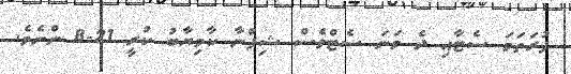
ފުރަތަމަ ސެޓާއި ދެ ވަނަ ސެޓްވެސް ޝިފްނާ ކާމިޔާބު ކުރީ 21-8 ންނެވެ.